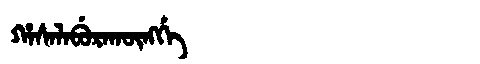
Manchu: ᡥᠠᠰᠠᠯᠠᠪᡠᡵᠠᡴᡡᠩᡤᡝ
Romanization: HASALABURAKŪNGGE